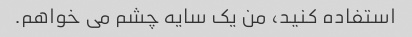
استفاده کنید، من یک سایه چشم می خواهم.